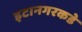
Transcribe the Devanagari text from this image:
इटानगरकडे